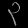
Digit: ၃